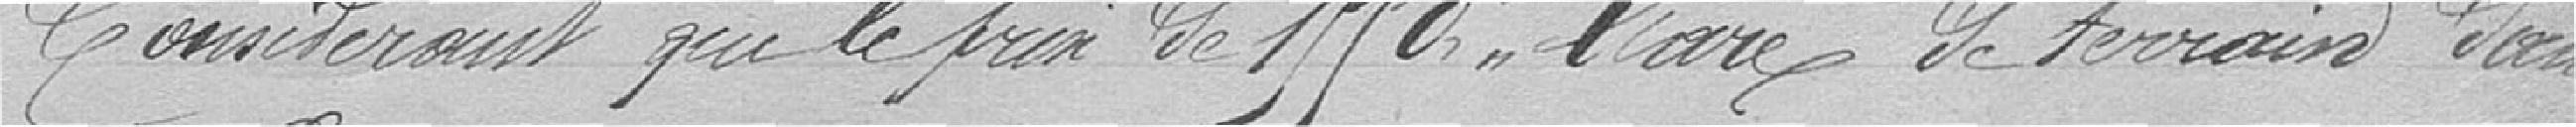
Considérant que le prix de 1550 francs l'are de terrain dans